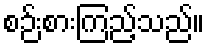
စဉ်းစားကြည့်သည်။